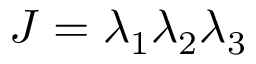
J = { \lambda } _ { 1 } { \lambda } _ { 2 } { \lambda } _ { 3 }